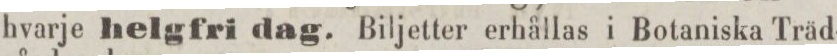
hvarje helgfri dag. Biljetter erhållas i Botaniska Träd-